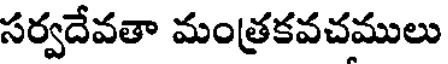
సర్వదేవతా మంత్రకవచములు